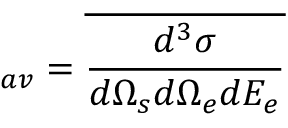
_ { a v } = \overline { { \frac { d ^ { 3 } \sigma } { d \Omega _ { s } d \Omega _ { e } d E _ { e } } } }